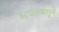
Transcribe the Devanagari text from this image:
१८७०पासून